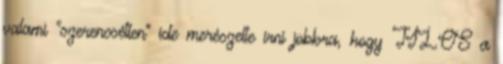
valami "szerencsétlen" ide merészelte írni jobbra, hogy TILOS a